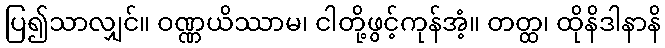
ပြ၍သာလျှင်။ ဝဏ္ဏယိဿာမ၊ ငါတို့ဖွင့်ကုန်အံ့။ တတ္ထ၊ ထိုနိဒါနာနိ